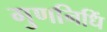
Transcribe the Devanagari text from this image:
गुणनिधिं